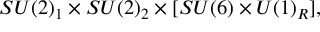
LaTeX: S U ( 2 ) _ { 1 } \times S U ( 2 ) _ { 2 } \times [ S U ( 6 ) \times U ( 1 ) _ { R } ] ,